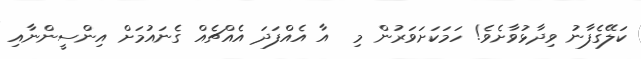
ކަލޭގެފާނު ވިދާޅުވާށެވެ! ހަމަކަށަވަރުން މި  އާ އެއްފަދަ އެއްޗެއް ގެނައުމަށް އިންސީންނާއި